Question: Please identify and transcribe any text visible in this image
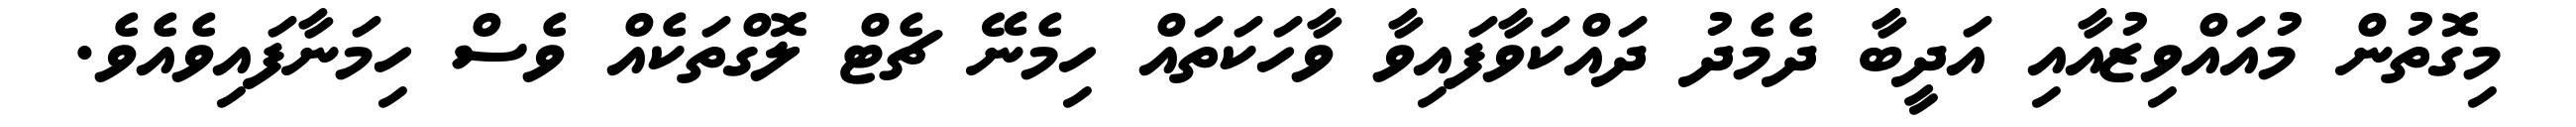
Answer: މިގޮތުން މުއައްވިޒުއާއި އަދީބާ ދެމެދު ދައްކަވާފައިވާ ވާހަކަތައް ހިމެނޭ ޗެޓް ލޮގްތަކެއް ވެސް ހިމަނާފައިވެއެވެ.